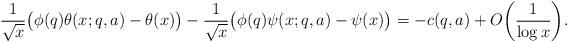
LaTeX: \begin{align*}\frac1{\sqrt x} \big( \phi(q) \theta(x;q,a) - \theta(x) \big) - \frac1{\sqrt x} \big( \phi(q) \psi(x;q,a) - \psi(x) \big) = -c(q,a) + O\bigg( \frac1{\log x} \bigg).\end{align*}